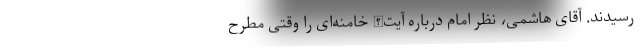
رسیدند. آقای هاشمی، نظر امام دربارهٔ آیت‌الله خامنه‌ای را وقتی مطرح